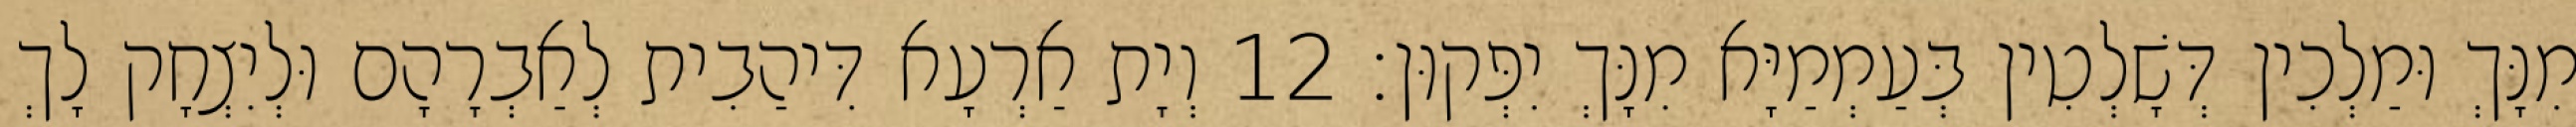
מִנָּךְ וּמַלְכִין דְּשָׁלְטִין בְּעַמְמַיָּא מִנָּךְ יִפְּקוּן׃ 12 וְיָת אַרְעָא דִּיהַבִית לְאַבְרָהָם וּלְיִצְחָק לָךְ